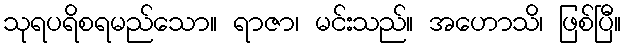
သုရပရိစရမည်သော။ ရာဇာ၊ မင်းသည်။ အဟောသိ၊ ဖြစ်ပြီ။